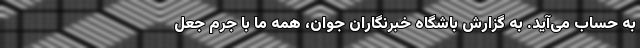
به حساب می‌آید. به گزارش باشگاه خبرنگاران جوان، همه ما با جرم جعل